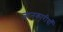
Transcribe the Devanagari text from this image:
जानकारीयाँ